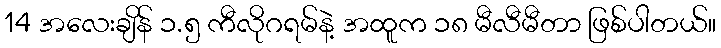
14 အလေးချိန် ၁.၅ ကီလိုဂရမ်နဲ့ အထူက ၁၈ မီလီမီတာ ဖြစ်ပါတယ်။